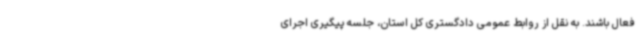
فعال باشند. به نقل از روابط عمومی دادگستری کل استان، جلسه پیگیری اجرای